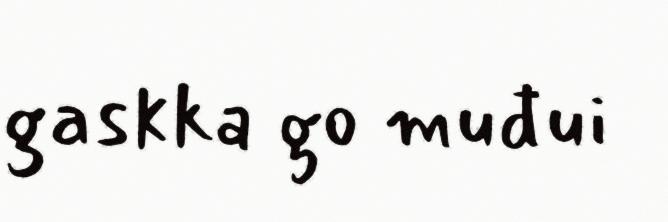
gaskka go muđui